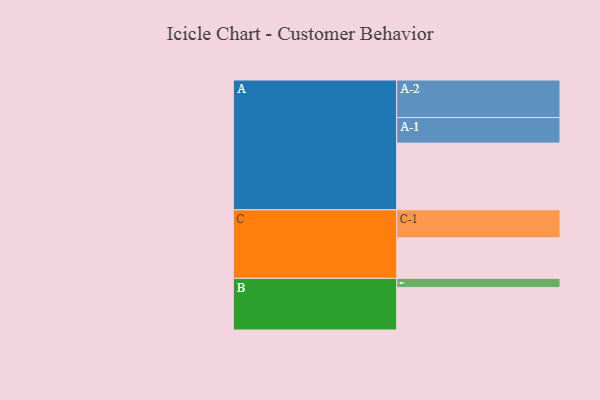
{"axis": {"x": "Segment", "y": "Value"}, "legend": ["", "A", "B", "C"], "data": [{"x": "A", "y": 517, "type": ""}, {"x": "B", "y": 330, "type": ""}, {"x": "C", "y": 314, "type": ""}, {"x": "A-1", "y": 198, "type": "A"}, {"x": "A-2", "y": 291, "type": "A"}, {"x": "B-1", "y": 70, "type": "B"}, {"x": "C-1", "y": 217, "type": "C"}]}